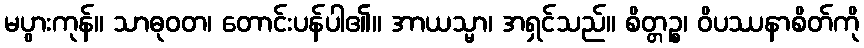
မပွားကုန်။ သာဓုဝတ၊ တောင်းပန်ပါ၏။ အာယသ္မာ၊ အရှင်သည်။ စိတ္တဉ္စ၊ ဝိပဿနာစိတ်ကို